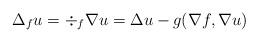
LaTeX: \begin{align*}\Delta_{f} u = \div_{f} \nabla u = \Delta u - g(\nabla f,\nabla u)\end{align*}